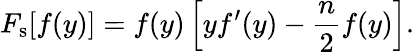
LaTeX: F_{\mathrm{s}}[f(y)]=f(y)\left[yf^{\prime}(y)-\frac{n}{2}f(y)\right].